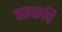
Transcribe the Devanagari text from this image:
वरूरूचि